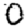
Digit: 0